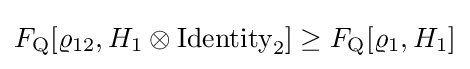
F_{\rm {Q}}[\varrho _{12},H_{1}\otimes {\rm {Identity}}_{2}]\geq F_{\rm {Q}}[\varrho _{1},H_{1}]